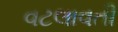
વટલાવતી